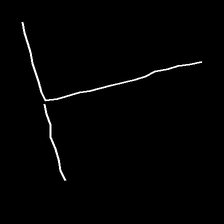
Glyph: column